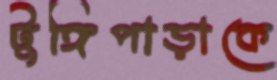
টুঙ্গিপাড়াকে